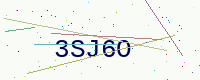
Text: 3SJ6O